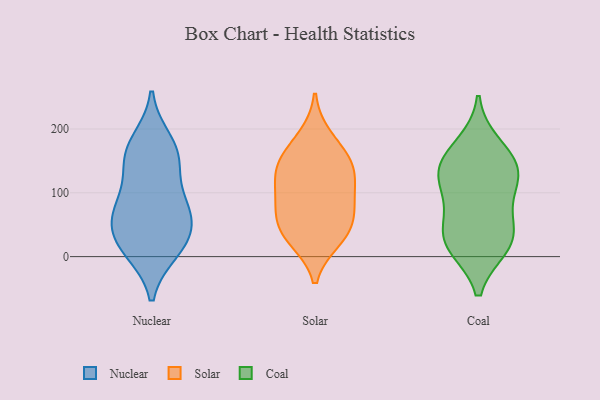
{"axis": {"x": "Churn Rate (%)", "y": "Value"}, "legend": ["Coal", "Nuclear", "Solar"], "data": [{"x": "", "y": 76, "type": "Nuclear"}, {"x": "", "y": 180, "type": "Nuclear"}, {"x": "", "y": 143, "type": "Nuclear"}, {"x": "", "y": 17, "type": "Nuclear"}, {"x": "", "y": 158, "type": "Nuclear"}, {"x": "", "y": 161, "type": "Nuclear"}, {"x": "", "y": 90, "type": "Nuclear"}, {"x": "", "y": 10, "type": "Nuclear"}, {"x": "", "y": 40, "type": "Nuclear"}, {"x": "", "y": 66, "type": "Nuclear"}, {"x": "", "y": 19, "type": "Nuclear"}, {"x": "", "y": 66, "type": "Nuclear"}, {"x": "", "y": 78, "type": "Solar"}, {"x": "", "y": 39, "type": "Solar"}, {"x": "", "y": 84, "type": "Solar"}, {"x": "", "y": 187, "type": "Solar"}, {"x": "", "y": 128, "type": "Solar"}, {"x": "", "y": 27, "type": "Solar"}, {"x": "", "y": 134, "type": "Solar"}, {"x": "", "y": 154, "type": "Solar"}, {"x": "", "y": 33, "type": "Solar"}, {"x": "", "y": 153, "type": "Solar"}, {"x": "", "y": 110, "type": "Solar"}, {"x": "", "y": 64, "type": "Solar"}, {"x": "", "y": 16, "type": "Coal"}, {"x": "", "y": 67, "type": "Coal"}, {"x": "", "y": 41, "type": "Coal"}, {"x": "", "y": 20, "type": "Coal"}, {"x": "", "y": 151, "type": "Coal"}, {"x": "", "y": 138, "type": "Coal"}, {"x": "", "y": 175, "type": "Coal"}, {"x": "", "y": 22, "type": "Coal"}, {"x": "", "y": 102, "type": "Coal"}, {"x": "", "y": 123, "type": "Coal"}, {"x": "", "y": 133, "type": "Coal"}]}